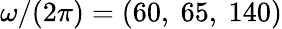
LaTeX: \omega/(2\pi)=(60,\ 65,\ 140)